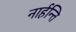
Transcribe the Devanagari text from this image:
नार्हन्ति